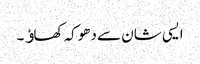
ایسی شان سے دھوکہ کھاﺅ۔